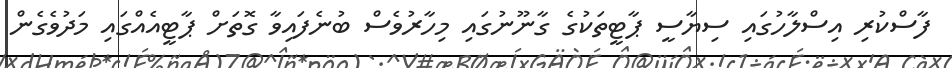
ފާސްކުރި އިސްލާހުގައި ސިޔާސީ ޕާޓީތަކުގެ ގާނޫނުގައި މިހާރުވެސް ބުނެފައިވާ ގޮތަށް ޕާޓީއެއްގައި މަދުވެގެން